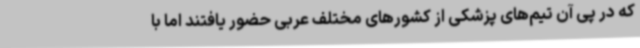
که در پی آن تیم‌های پزشکی از کشورهای مختلف عربی حضور یافتند اما با